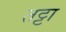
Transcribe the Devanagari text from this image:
तट्टा